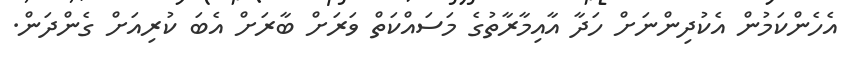
އެހެންކަމުން އެކުދިންނަށް ހަދާ އާއިމާރާތުގެ މަސައްކަތް ވަރަށް ބާރަށް އެބަ ކުރިއަށް ގެންދަން.